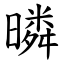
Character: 暽